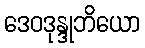
ဒေဝဒုန္ဒုဘိယော